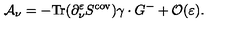
{ \cal A } _ { \nu } = - \mathrm { T r } ( \partial _ { \nu } ^ { \varepsilon } S ^ { \mathrm { c o v } } ) \gamma \cdot G ^ { - } + { \cal O } ( \varepsilon ) .